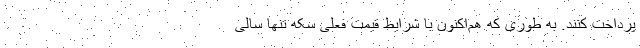
پرداخت کنند. به طوری که هم‌اکنون با شرایط قیمت فعلی سکه تنها سالی